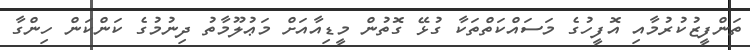
ތަންފީޒުކުރުމާއި އޮފީހުގެ މަސައްކަތްތަކާ ގުޅޭ ގޮތުން މީޑިއާއަށް މަޢުލޫމާތު ދިނުމުގެ ކަންކަން ހިންގާ